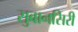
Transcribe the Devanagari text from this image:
सुबानसिरी